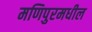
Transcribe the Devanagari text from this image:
मणिपुरमधील